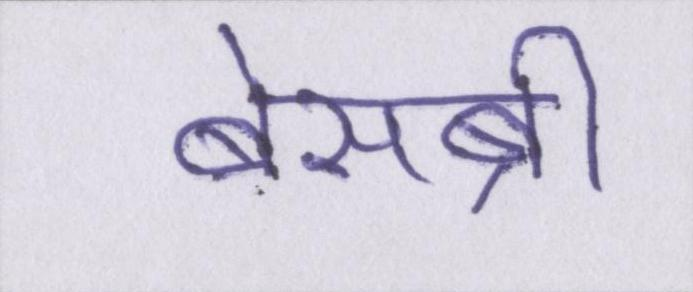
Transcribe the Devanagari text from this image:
बेसब्री